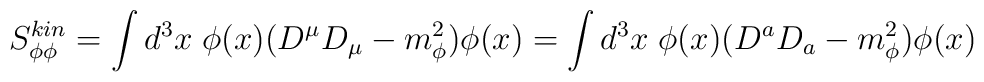
S^{kin}_{\phi\phi} = \int d^3 x \; \phi(x) ( D^\mu D_\mu - m_\phi^2 )\phi(x) =\int d^3 x \; \phi(x) ( D^a D_a - m_\phi^2 ) \phi(x)